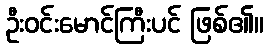
ဦးဝင်းမောင်ကြီးပင် ဖြစ်၏။